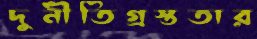
দুর্নীতিগ্রস্ততার